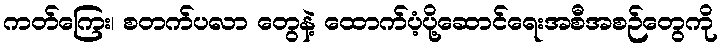
ကတ်ကြေး၊ စတက်ပလာ တွေနဲ့ ထောက်ပံ့ပို့ဆောင်ရေးအစီအစဉ်တွေကို